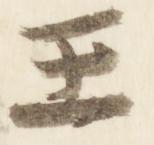
王